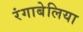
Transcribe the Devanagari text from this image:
रंगाबेलिया